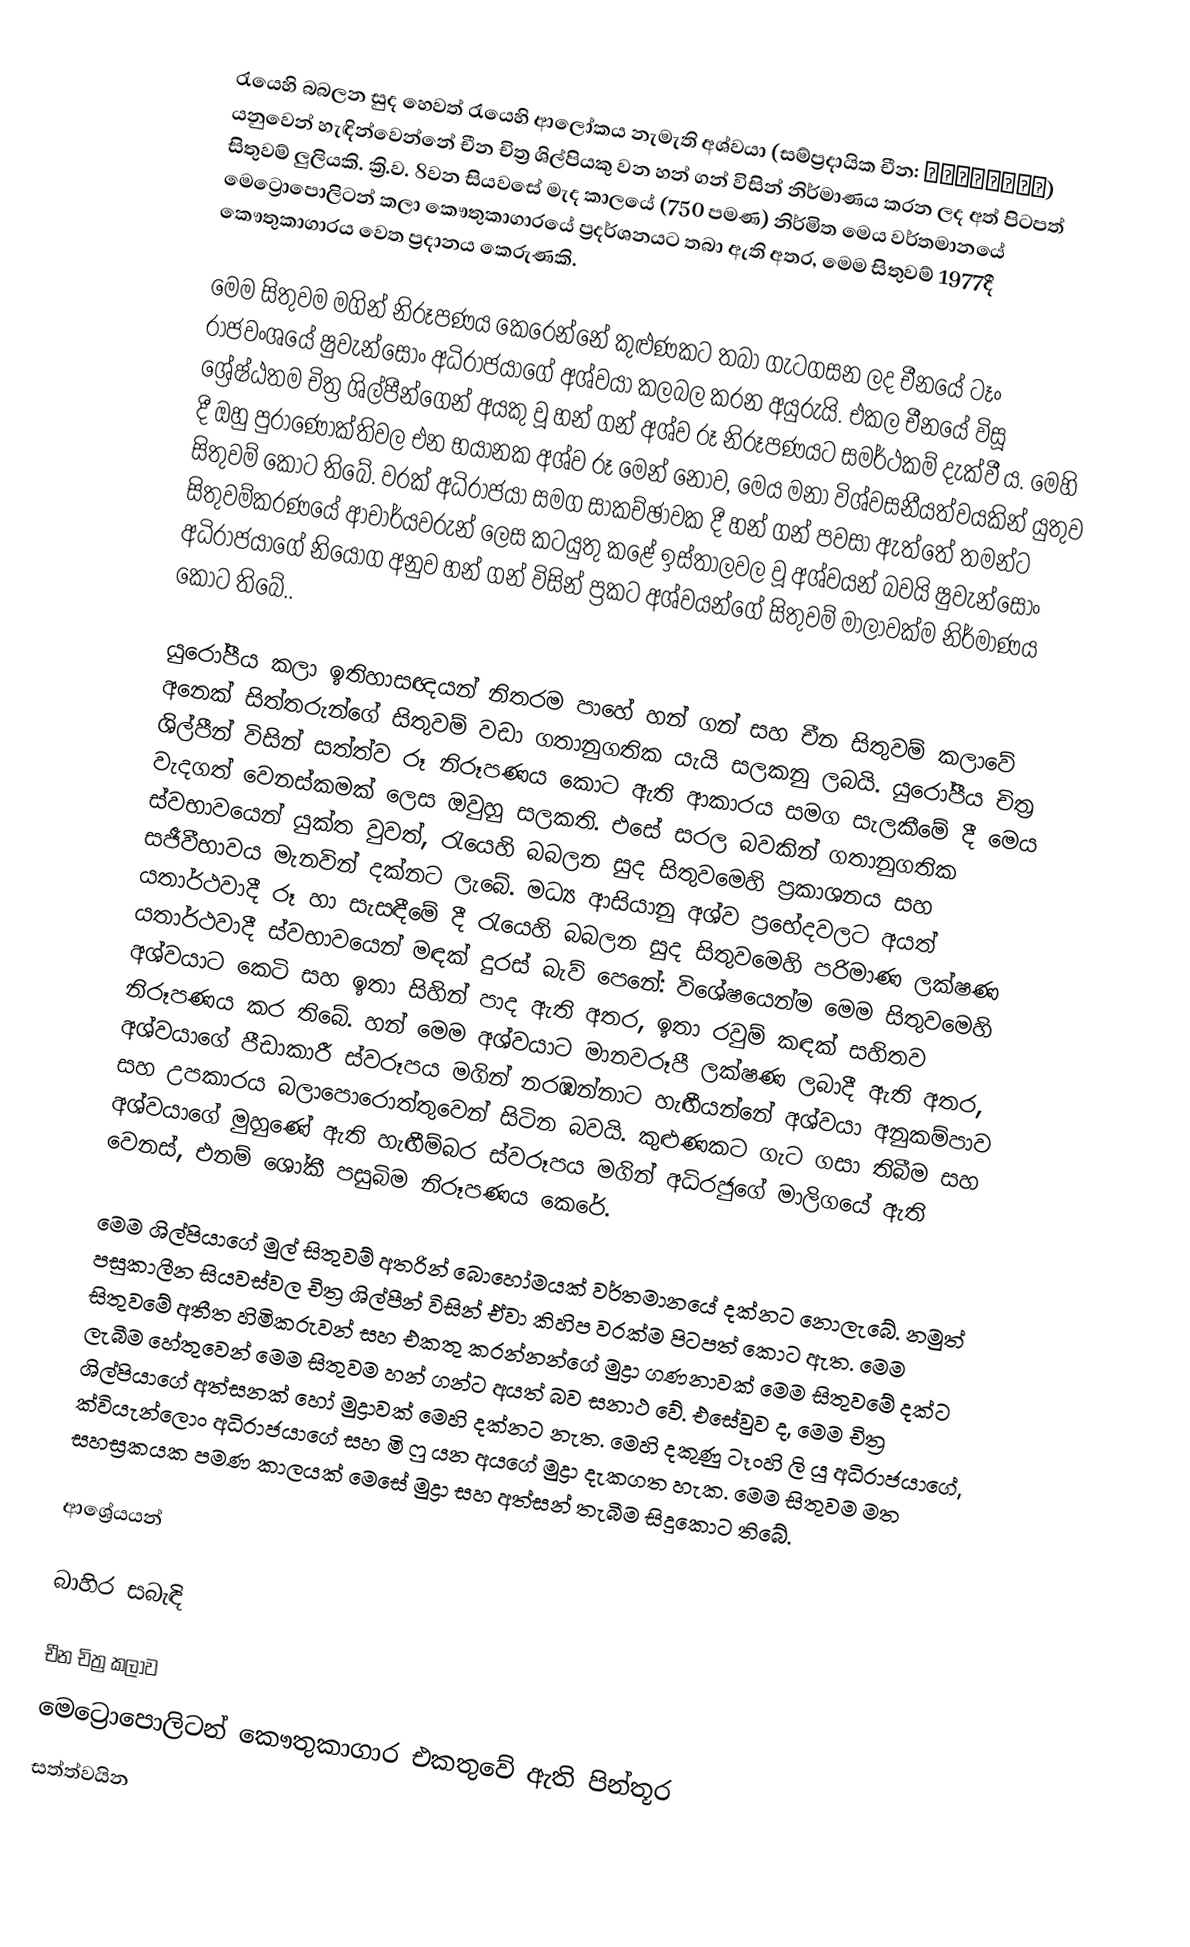
රැයෙහි බබලන සුද හෙවත් රැයෙහි ආලෝකය නැමැති අශ්වයා (සම්ප්‍රදායික චීන: 唐韓幹照夜白圖卷) යනුවෙන් හැඳින්වෙන්නේ චීන චිත්‍ර ශිල්පියකු වන හන් ගන් විසින් නිර්මාණය කරන ලද අත් පිටපත් සිතුවම් ලුලියකි. ක්‍රි.ව. 8වන සියවසේ මැද කාලයේ (750 පමණ) නිර්මිත මෙය ‍වර්තමානයේ මෙට්‍රොපොලිටන් කලා කෞතුකාගාර‍යේ ප්‍රදර්ශනයට තබා ඇති අතර, මෙම සිතුවම් 1977දී කෞතුකාගාරය වෙත ප්‍රදානය කෙරුණකි.

මෙම සිතුවම මගින් නිරූපණය කෙරෙන්නේ කුළුණකට තබා ගැටගසන ලද චීනයේ ටෑං රාජවංශයේ ෂුවැන්සෝං අධිරාජයාගේ අශ්වයා කලබල කරන අයුරුයි. එකල චීනයේ විසූ ශ්‍රේෂ්ඨතම චිත්‍ර ශිල්පීන්ගෙන් අයකු වූ හන් ගන් අශ්ව රූ නිරූපණයට සමර්ථකම් දැක්වී ය. මෙහි දී ඔහු පුරාණෝක්තිවල එන ‍භයානක අශ්ව රූ මෙන් නොව, මෙය මනා විශ්වසනීයත්වයකින් යුතුව සිතුවම් කොට තිබේ. වරක් අධිරාජයා සමග සාකච්ඡාවක දී හන් ගන් පවසා ඇත්තේ තමන්ට සිතුවම්කරණයේ ආචාර්යවරුන් ලෙස කටයුතු කළේ ඉස්තාලවල වූ අශ්වයන් බවයි ෂුවැන්සෝං අධිරාජයාගේ නියෝග අනුව හන් ගන් විසින් ප්‍රකට අශ්වයන්ගේ සිතුවම් මාලාවක්ම නිර්මාණය කොට තිබේ..

යුරෝපීය කලා ඉතිහාසඥයන් නිතරම පාහේ හන් ගන් සහ චීන සිතුවම් කලාවේ අනෙක් සිත්තරුන්ගේ සිතුවම් වඩා ගතානුගතික යැයි සලකනු ලබයි. යුරෝපීය චිත්‍ර ශිල්පීන් විසින් සත්ත්ව රූ නිරූපණය කොට ඇති ආකාරය සමග සැලකීමේ දී මෙය වැදගත් වෙනස්කමක් ලෙස ඔවුහු සලකති. එසේ සරල බවකින් ගතානුගතික ස්වභාවයෙන් යුක්ත වුවත්, රැයෙහි බබලන සුද සිතුවමෙහි ප්‍රකාශනය සහ සජීවීභාවය මැනවින් දක්නට ලැබේ. මධ්‍ය ආසියානු අශ්ව ප්‍රභේදවලට අයත් යතාර්ථවාදී රූ හා සැසඳීමේ දී රැයෙහි බබලන සුද සිතු‍වමෙහි පරිමාණ ලක්ෂණ යතාර්ථවාදී ස්වභාවයෙන් මඳක් දුරස් බැව් පෙනේ: විශේෂයෙන්ම මෙම සිතු‍වමෙහි අශ්වයාට කෙටි සහ ඉතා සිහින් පාද ඇති අතර, ඉතා රවුම් කඳක් සහිතව නිරූපණය කර තිබේ. හන් මෙම අශ්වයාට මානවරූපී ලක්ෂණ ලබාදී ඇති අතර, අශ්වයාගේ පීඩාකාරී ස්වරූපය මගින් නරඹන්නාට හැඟීයන්නේ අශ්වයා අනුකම්පාව සහ උපකාරය බලාපොරොත්තුවෙන් සිටින බවයි. කුළුණකට ගැට ගසා තිබීම සහ අශ්වයාගේ මුහුණේ ඇති හැඟීම්බර ස්වරූපය මගින් අධිරජුගේ මාලිගයේ ඇති වෙනස්, එනම් ශෝකී පසුබිම නිරූපණය කෙරේ.

මෙම ශිල්පියාගේ මුල් සිතුවම් අතරින් බොහෝමයක් වර්තමානයේ දක්නට නොලැබේ. නමුත් පසුකාලීන සියවස්වල චිත්‍ර ශිල්පීන් විසින් ඒවා කිහිප වරක්ම පිටපත් කොට ඇත. මෙම සිතුවමේ අතීත හිමිකරුවන් සහ එකතු කරන්නන්ගේ මුද්‍රා ගණනාවක් මෙම සිතුවමේ දක්ට ලැබීම හේතුවෙන් මෙම සිතුවම හන් ගන්ට අයත් බව සනාථ වේ. එසේවුව ද, මෙම චිත්‍ර ශිල්පියාගේ අත්සනක් හෝ මුද්‍රාවක් මෙහි දක්නට නැත. මෙහි දකුණු ටෑංහි ලි යු අධිරාජයාගේ, ක්වියැන්ලොං අධිරාජයාගේ සහ මි ෆු යන අයගේ මුද්‍රා දැකගත හැක. මෙම සිතුවම මත සහස්‍රකයක පමණ කාලයක් මෙසේ මුද්‍රා සහ අත්සන් තැබීම සිදුකොට තිබේ.

ආශ්‍රේයයන්

බාහිර සබැඳි

චීන චිත්‍ර කලාව
මෙට්‍රොපොලිටන් කෞතුකාගාර එකතුවේ ඇති පින්තූර
සත්ත්වයින